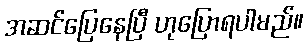
အဆင်ပြေနေပြီ ဟုပြောရပါမည်။